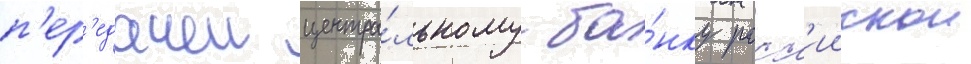
п'ер'едачеи центра́льному ба́нку росс'иискои